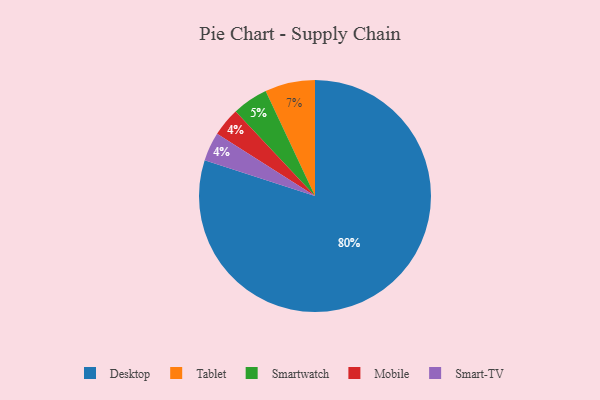
{"axis": {"x": "Category", "y": "Percentage"}, "legend": ["Desktop", "Mobile", "Smart-TV", "Smartwatch", "Tablet"], "data": [{"x": "Mobile", "y": 4, "type": "Mobile"}, {"x": "Tablet", "y": 7, "type": "Tablet"}, {"x": "Smartwatch", "y": 5, "type": "Smartwatch"}, {"x": "Smart-TV", "y": 4, "type": "Smart-TV"}, {"x": "Desktop", "y": 80, "type": "Desktop"}]}